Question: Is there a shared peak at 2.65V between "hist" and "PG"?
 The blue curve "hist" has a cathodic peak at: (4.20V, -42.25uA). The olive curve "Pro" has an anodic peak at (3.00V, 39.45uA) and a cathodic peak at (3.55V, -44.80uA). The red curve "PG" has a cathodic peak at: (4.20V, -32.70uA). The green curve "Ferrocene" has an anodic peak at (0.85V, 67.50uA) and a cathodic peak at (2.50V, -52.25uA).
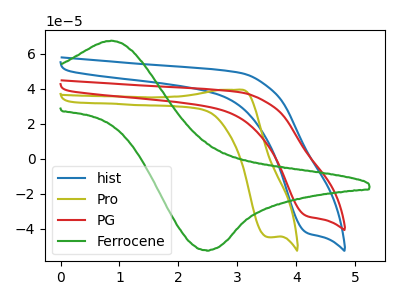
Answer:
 <answer>No, "hist" and "PG" dont share a peak at 2.65V.</answer>
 <eval>mismatch</eval>